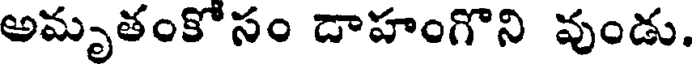
అమృతంకోసం దాహంగొని వుండు.